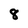
Character: 8